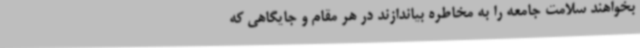
بخواهند سلامت جامعه را به مخاطره بیاندازند در هر مقام و جایگاهی که